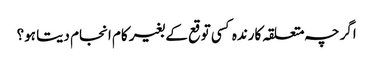
اگرچہ متعلقہ کارندہ کسی توقع کے بغیر کام انجام دیتا ہو؟